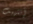
إنتهيت